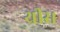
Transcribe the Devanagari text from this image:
थ्रीस